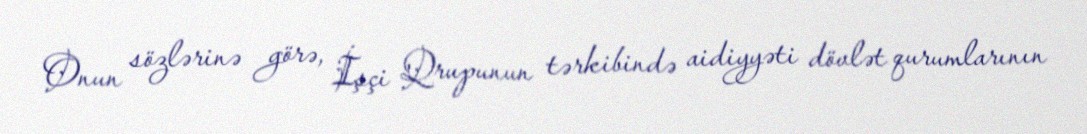
Onun sözlərinə görə, İşçi Qrupunun tərkibində aidiyyəti dövlət qurumlarının